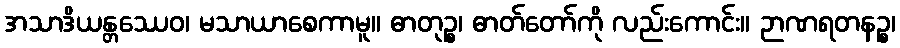
အသာဒိယန္တဿေဝ၊ မသာယာစေကာမူ။ ဓာတုဉ္စ၊ ဓာတ်တော်ကို လည်းကောင်း။ ဉာဏရတနဉ္စ၊